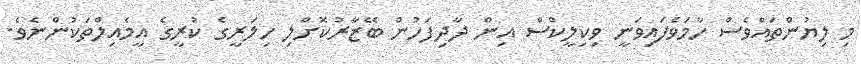
މި ލިޔުންތައްވެސް ހާމަވެފައިވަނީ ވިކިލީކްސް އިން ދާދިފަހުން ބޭޒާރުކޮށްލި ހިލަރީގެ ކުރީގެ އީމެއިލްތަކުންނެވެ.